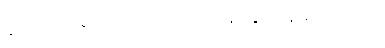
ခင်ဗျား ဆန့်ကျင်ဘက် လားရာကို သွားနေမှာ စိုးတယ်။